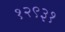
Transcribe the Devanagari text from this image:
१२९३१